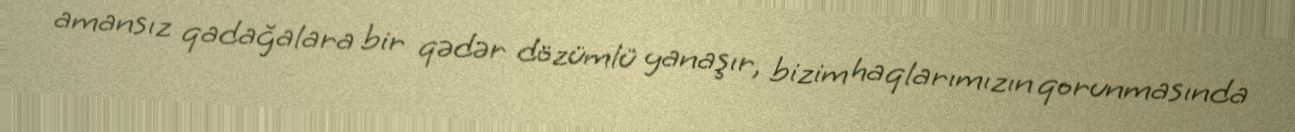
amansız qadağalara bir qədər dözümlü yanaşır, bizim haqlarımızın qorunmasında